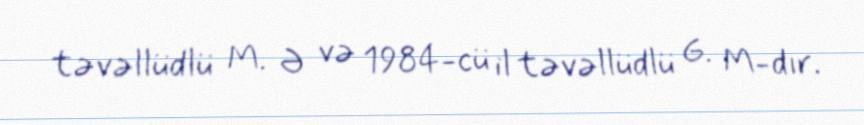
təvəllüdlü M. Ə və 1984-cü il təvəllüdlü G. M-dır.